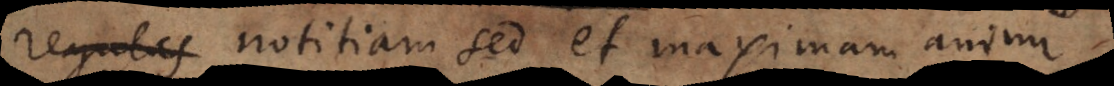
regulas notitiam sed et maximam animi